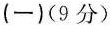
(一)(9分)